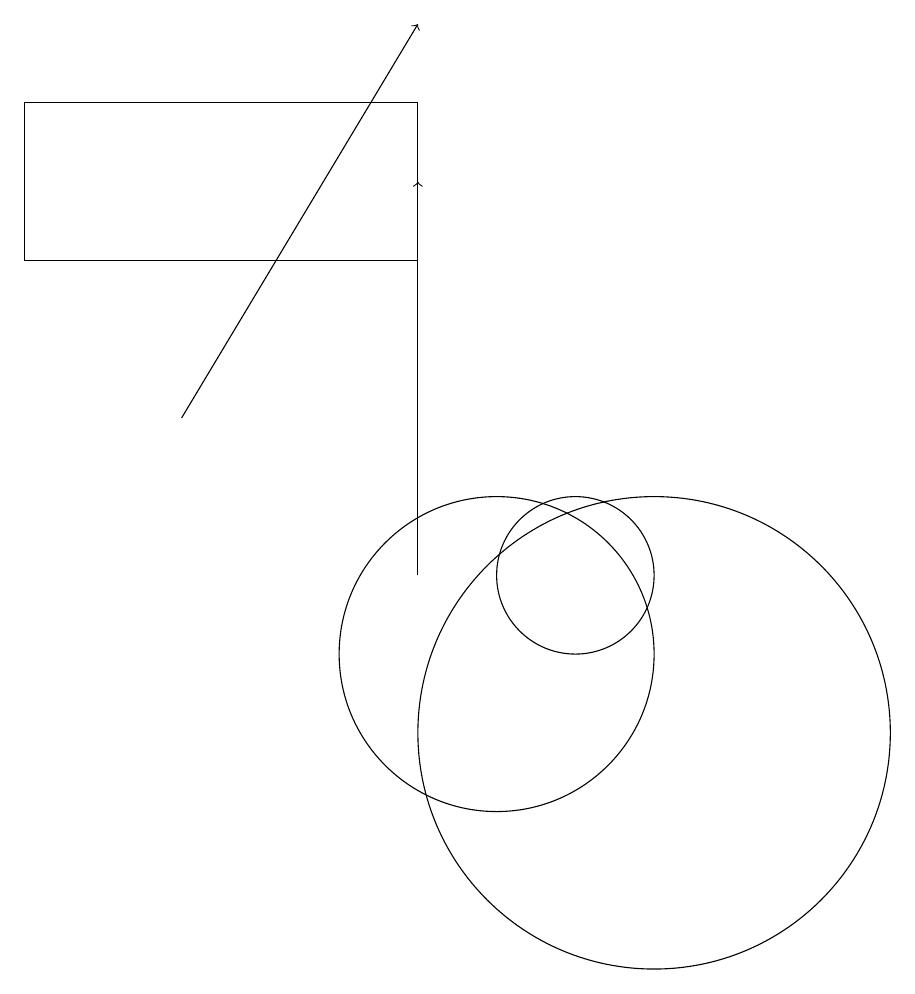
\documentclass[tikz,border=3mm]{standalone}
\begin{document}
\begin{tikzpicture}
\draw (10,11) circle (2);
\draw (4,18) rectangle (9,16);
\draw (11,12) circle (1);
\draw[->] (9,12) -- (9,17);
\draw[->] (6,14) -- (9,19);
\draw (12,10) circle (3);
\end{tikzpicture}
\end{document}